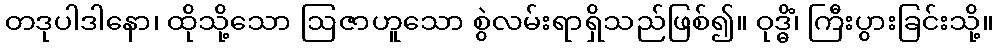
တဒုပါဒါနော၊ ထိုသို့သော ဩဇာဟူသော စွဲလမ်းရာရှိသည်ဖြစ်၍။ ဝုဒ္ဓိံ၊ ကြီးပွားခြင်းသို့။